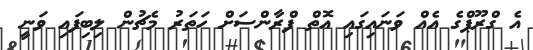
އެ ގްރޫޕްގެ އެއް ވަނައިގައި އޮތް ފްރާންސަށް ހަތަރު މެޗުން ލިބިފައި ވަނީ